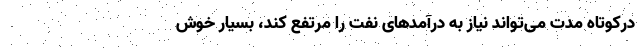
درکوتاه مدت می‌تواند نیاز به درآمدهای نفت را مرتفع کند، بسیار خوش